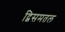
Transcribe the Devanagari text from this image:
द्विसमतल